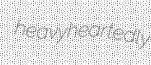
heavyheartedly